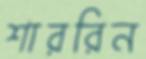
শাররিন